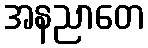
အနညာတေ